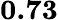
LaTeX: \mathbf{0.73}